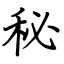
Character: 秘